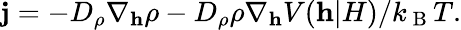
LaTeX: \textbf{j}=-D_{\rho}\nabla_{\textbf{h}}\rho-D_{\rho}\rho\nabla_{\textbf{h}}V(\textbf{h}|H)/k_{\mathrm{~B~}}T.